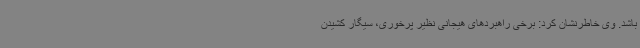
باشد. وی خاطرنشان کرد: برخی راهبردهای هیجانی نظیر پرخوری، سیگار کشیدن